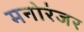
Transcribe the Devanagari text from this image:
मनोरंजर